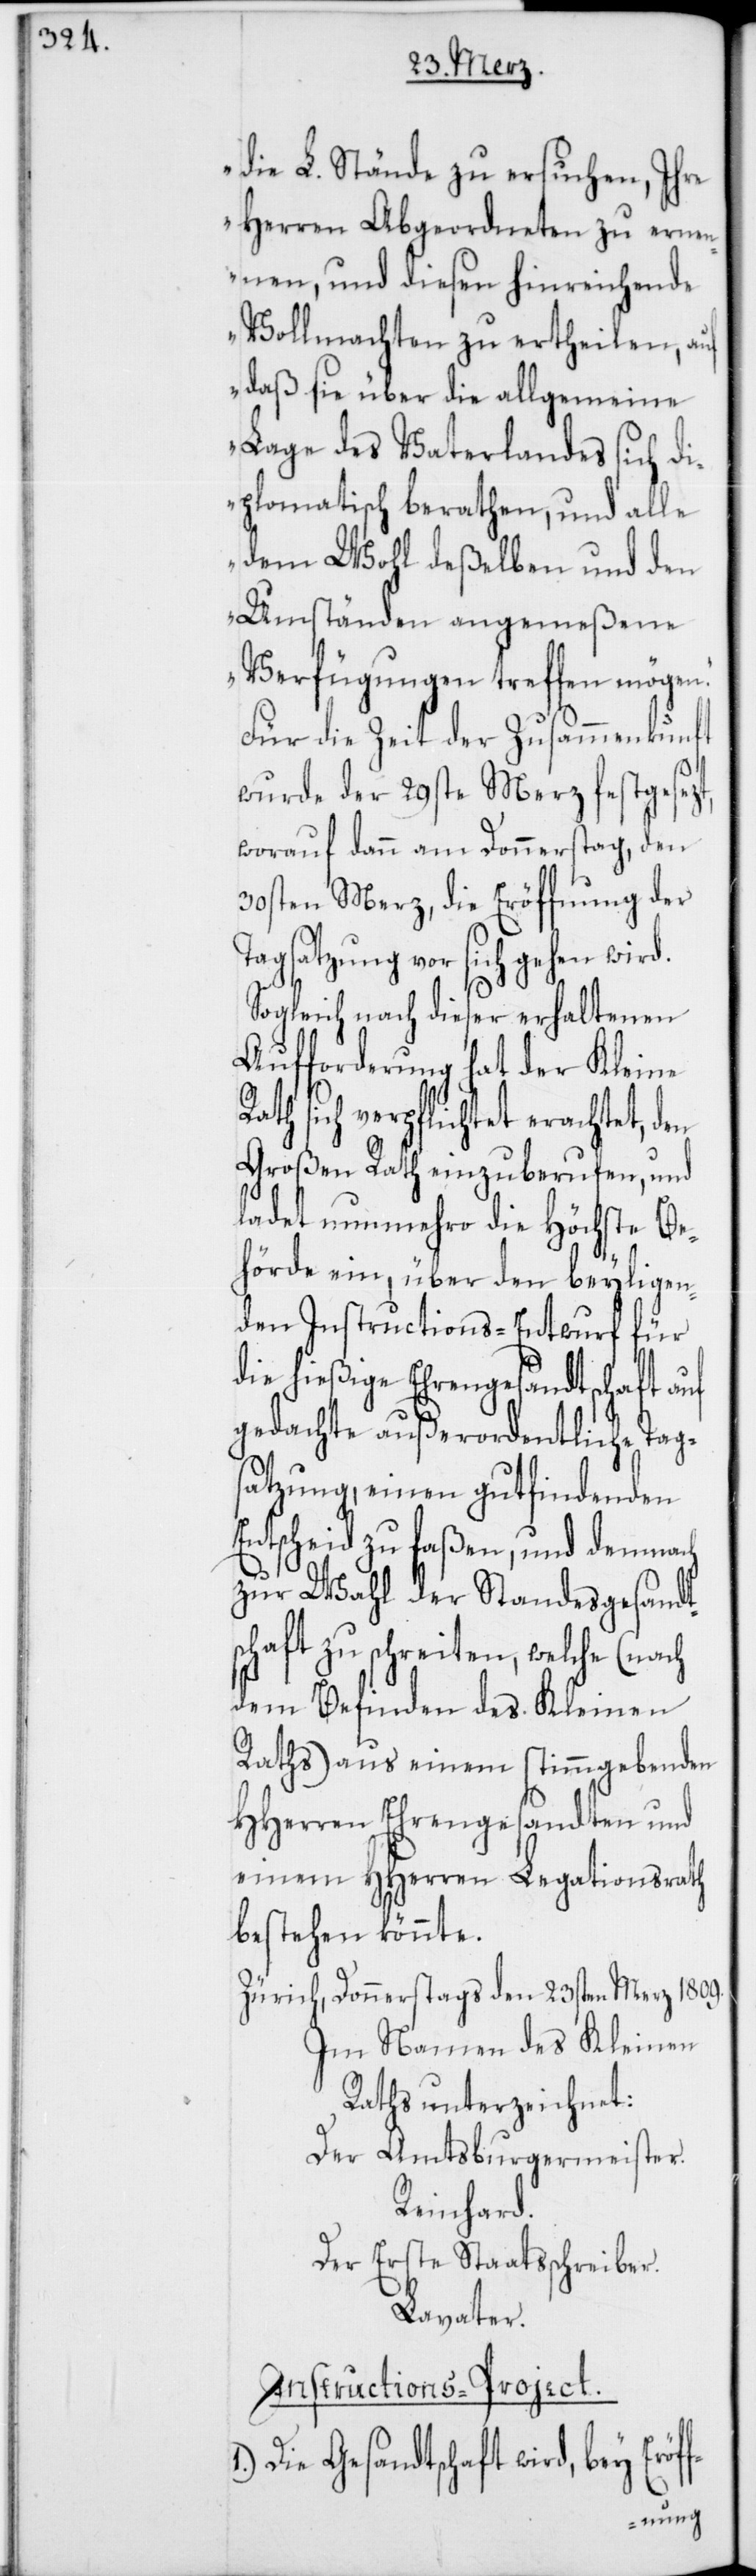
f-

die L. Stände zu ersuchen, Ihre
Herren Abgeordneten zu ernen¬
nen, und diesen hinreichende
Vollmachten zu ertheilen, auf
daß sie über die allgemeine
Lage des Vaterlandes sich di¬
plomatisch berathen, und alle
dem Wohl deßelben und den
Umständen angemeßene
Verfügungen treffen mögen.“
Für die Zeit der Zusammenkunft
wurde der 29ste Merz festgesezt,
worauf dann am Donnerstag, den
30sten Merz, die Eröffnung der
Tagsatzung vor sich gehen wird.
Sogleich nach dieser erhaltenen
Aufforderung hat der Kleine
sich verpflichtet erachtet, den
Großen Rath einzuberufen, und
ladet nunmehro die Höchste Be¬
hörde ein, über den beyligen¬
den Instructions-Entwurf für
die hießige Ehrengesandtschaft auf
gedachte außerordentliche Tag¬
satzung, einen gutfindenden
Entscheid zu faßen, und demnach
zur Wahl der Standesgesandt¬
schaft zu schreiten, welche (nach
dem Befinden des Kleinen
Raths) aus einem stimmgebenden
HHerren Ehrengesandten und
einem HHerren Legationsrath
bestehen könnte.
Zürich, Donnerstags den 23sten Merz 1809.
Im Namen des Kleinen
Raths unterzeichnet:
Der Amtsburgermeister.
Reinhard.
Der erste Staatsschreiber.
Lavater.
Instructions-Project.
Die Gesandtschaft wird, bey Eröf¬